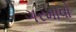
ગરમાવો